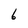
Character: 6